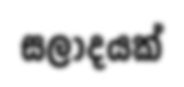
සලාදයක්